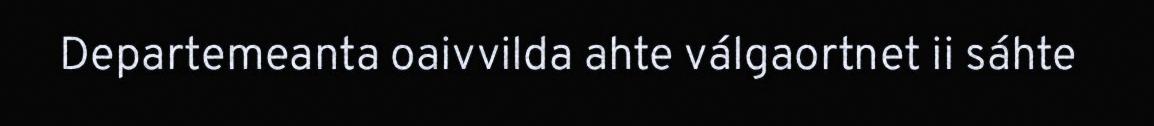
Departemeanta oaivvilda ahte válgaortnet ii sáhte